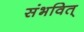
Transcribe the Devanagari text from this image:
संभवित्